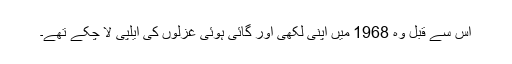
اِس سے قبل وہ 1968 میں اپنی لِکھی اَور گائی ہوئی غزلوں کی ایلپی لا چُکے تھے۔